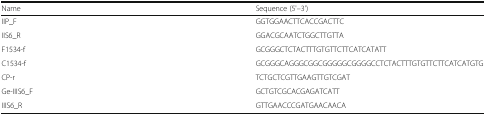
<table><thead><tr><td><b>Name</b></td><td><b>Sequence (5&#x27;–3&#x27;)</b></td></tr></thead><tbody><tr><td>IIP_F</td><td>GGTGGAACTTCACCGACTTC</td></tr><tr><td>IIS6_R</td><td>GGACGCAATCTGGCTTGTTA</td></tr><tr><td>F1534-f</td><td>GCGGGCTCTACTTTGTGTTCTTCATCATATT</td></tr><tr><td>C1534-f</td><td>GCGGGCAGGGCGGCGGGGGCGGGGCCTCTACTTTGTGTTCTTCATCATGTG</td></tr><tr><td>CP-r</td><td>TCTGCTCGTTGAAGTTGTCGAT</td></tr><tr><td>Ge-IIIS6_F</td><td>GCTGTCGCACGAGATCATT</td></tr><tr><td>IIIS6_R</td><td>GTTGAACCCGATGAACAACA</td></tr></tbody></table>